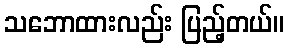
သဘောထားလည်း ပြည့်တယ်။